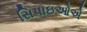
સિપાઇઓએ